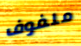
ملفوف